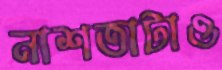
নাশতাটাও